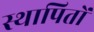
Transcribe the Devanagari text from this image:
स्थापितों